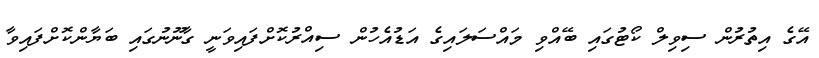
އޭގެ އިތުރުން ސިވިލް ކޯޓުގައި ބޭއްވި މައްސަލައިގެ އަޑުއެހުން ސިއްރުކޮށްފައިވަނީ ގާނޫނުގައި ބަޔާންކޮށްފައިވާ